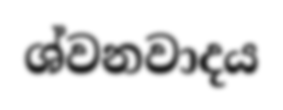
ශ්වනවාදය